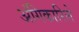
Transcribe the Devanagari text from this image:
अंगिकारिले